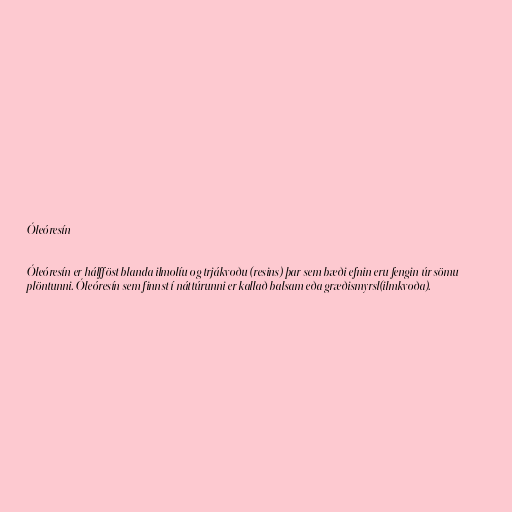
Óleóresín

Óleóresín er hálfföst blanda ilmolíu og trjákvoðu (resins) þar sem bæði efnin eru fengin úr sömu
plöntunni. Óleóresín sem finnst í náttúrunni er kallað balsam eða græðismyrsl(ilmkvoða).